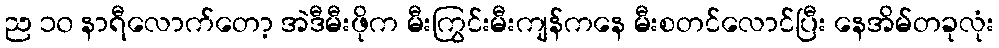
ည ၁၀ နာရီလောက်တော့ အဲဒီမီးဖိုက မီးကြွင်းမီးကျန်ကနေ မီးစတင်လောင်ပြီး နေအိမ်တခုလုံး